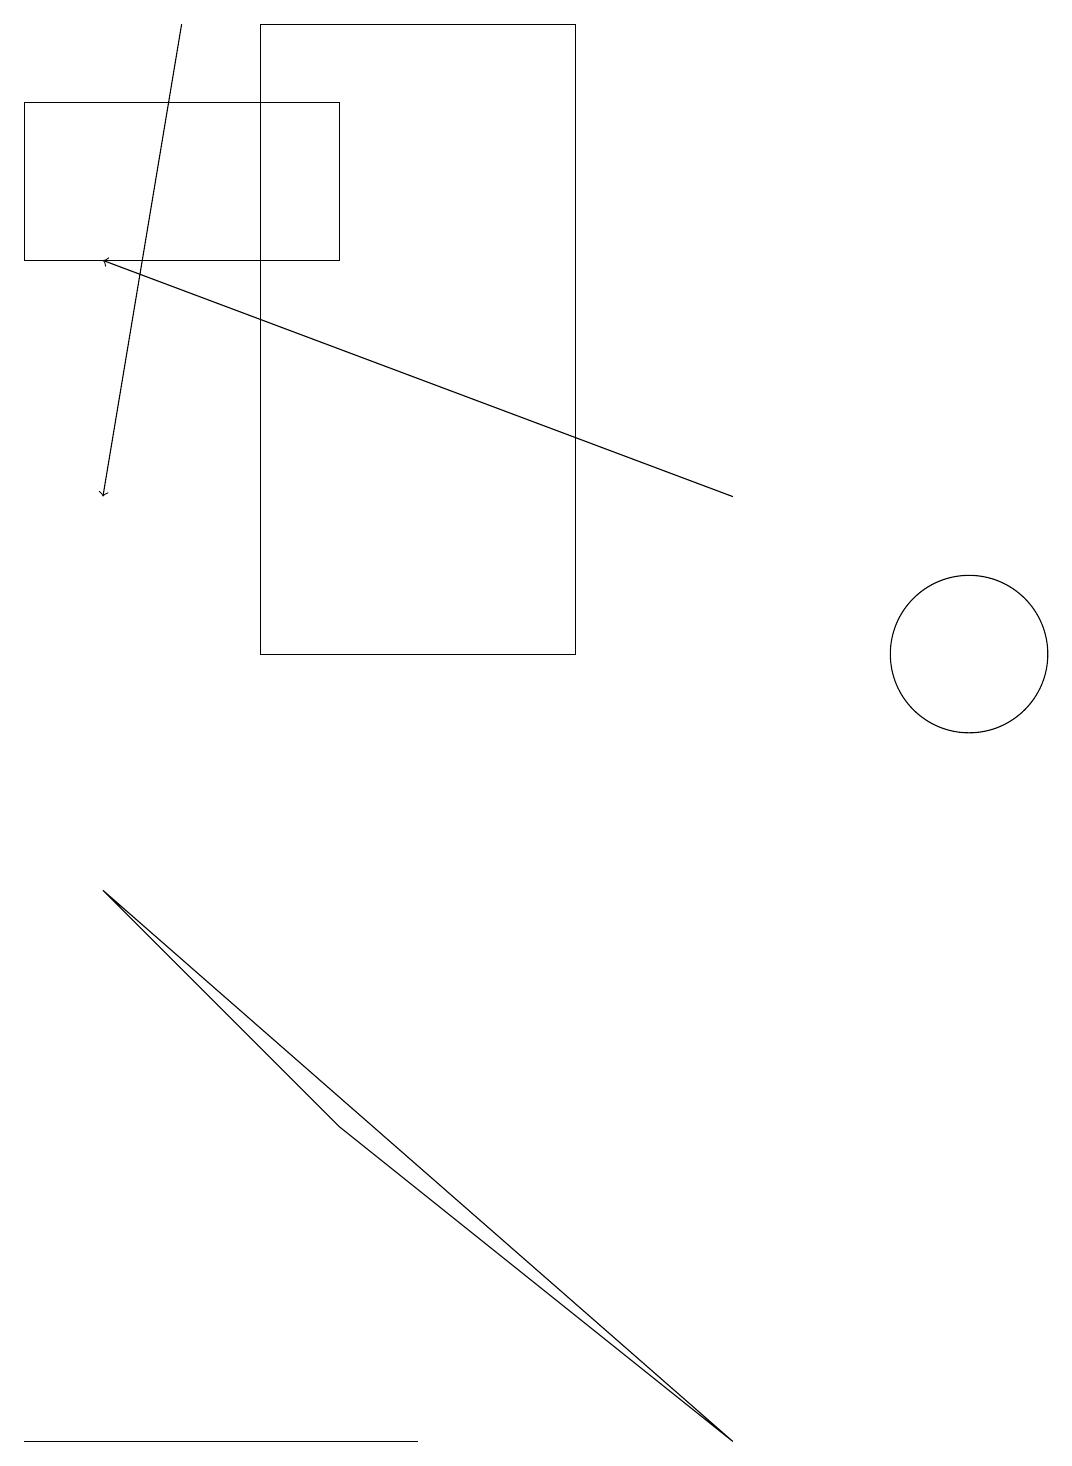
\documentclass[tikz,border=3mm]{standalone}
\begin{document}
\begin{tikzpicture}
\draw (0,18) rectangle (4,16);
\draw[->] (2,19) -- (1,13);
\draw (7,11) rectangle (3,19);
\draw (12,11) circle (1);
\draw (1,8) -- (9,1) -- (4,5) -- cycle;
\draw (7,19) rectangle (3,19);
\draw (5,1) -- (3,1) -- (0,1) -- cycle;
\draw[->] (9,13) -- (1,16);
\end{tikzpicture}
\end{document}